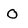
Character: O